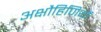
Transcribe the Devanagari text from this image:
अक्षौहिणियों